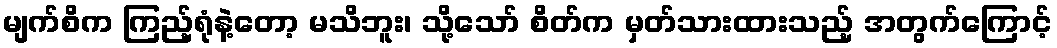
မျက်စိက ကြည့်ရုံနဲ့တော့ မသိဘူး၊ သို့သော် စိတ်က မှတ်သားထားသည့် အတွက်ကြောင့်